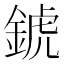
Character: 錿